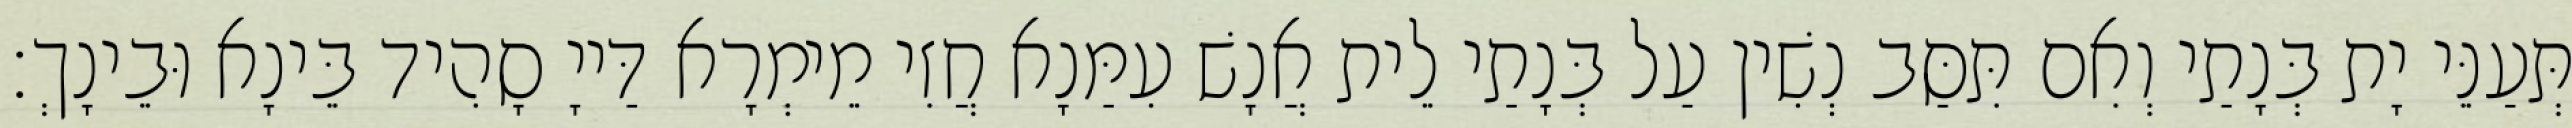
תְּעַנֵּי יָת בְּנָתַי וְאִם תִּסַּב נְשִׁין עַל בְּנָתַי לֵית אֲנָשׁ עִמַּנָא חֲזִי מֵימְרָא דַּייָ סָהִיד בֵּינָא וּבֵינָךְ׃